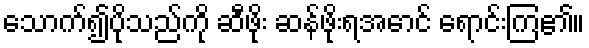
သောက်၍ပိုသည်ကို ဆီဖိုး ဆန်ဖိုးရအောင် ရောင်းကြ၏။